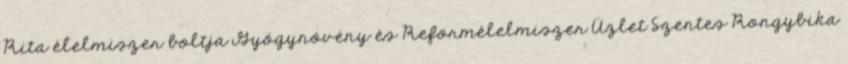
Rita élelmiszer boltja Gyógynövény és Reformélelmiszer Üzlet Szentes Rongybika